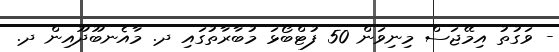
- ވަގުތު އިމޭޖަސް މިނިވަން 50 ފުޓްބޯޅަ މުބާރާތުގައި ދ. މާއެނބޫދޫއިން ދ.